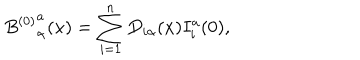
{ B ^ { ( 0 ) } } _ { \alpha } ^ { a } ( x ) = \sum _ { i = 1 } ^ { n } D _ { i \alpha } ( x ) I _ { i } ^ { a } ( 0 ) ,